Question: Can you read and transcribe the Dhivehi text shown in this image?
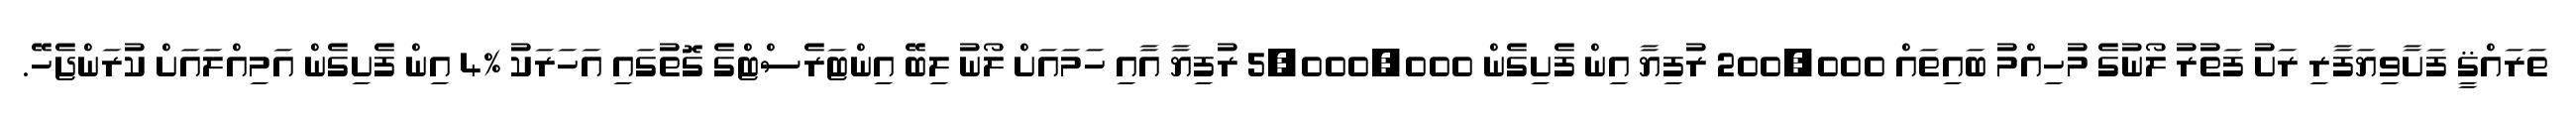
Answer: ތަރައްޤީ ފަށާވިޔަފާރި ރަށު ފަތުރު ލޯނުގެ މުހިއްމު ބައިތައް 200,000 ރުފިޔާ އިން ފެށިގެން 5,000,000 ރުފިޔާ އާއި ހަމައަށް ލޯނު ލިބޭ އިންޓަރެސްޓްގެ ގޮތުގައި އަހަރަކު %4 އިން ފެށިގެން އަމިއްލައަށް ކުރަންޖެހޭ.